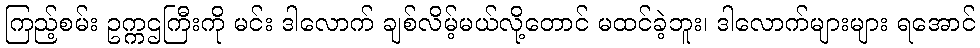
ကြည့်စမ်း ဥက္ကဌကြီးကို မင်း ဒါလောက် ချစ်လိမ့်မယ်လို့တောင် မထင်ခဲ့ဘူး၊ ဒါလောက်များများ ရအောင်